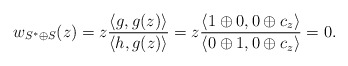
\begin{align*}w_{S^{*} \oplus S}(z) = z \frac{\langle g, g(z) \rangle}{\langle h, g(z)\rangle}= z \frac{\langle 1 \oplus 0, 0 \oplus c_z\rangle}{\langle 0 \oplus 1, 0 \oplus c_z\rangle} = 0.\end{align*}